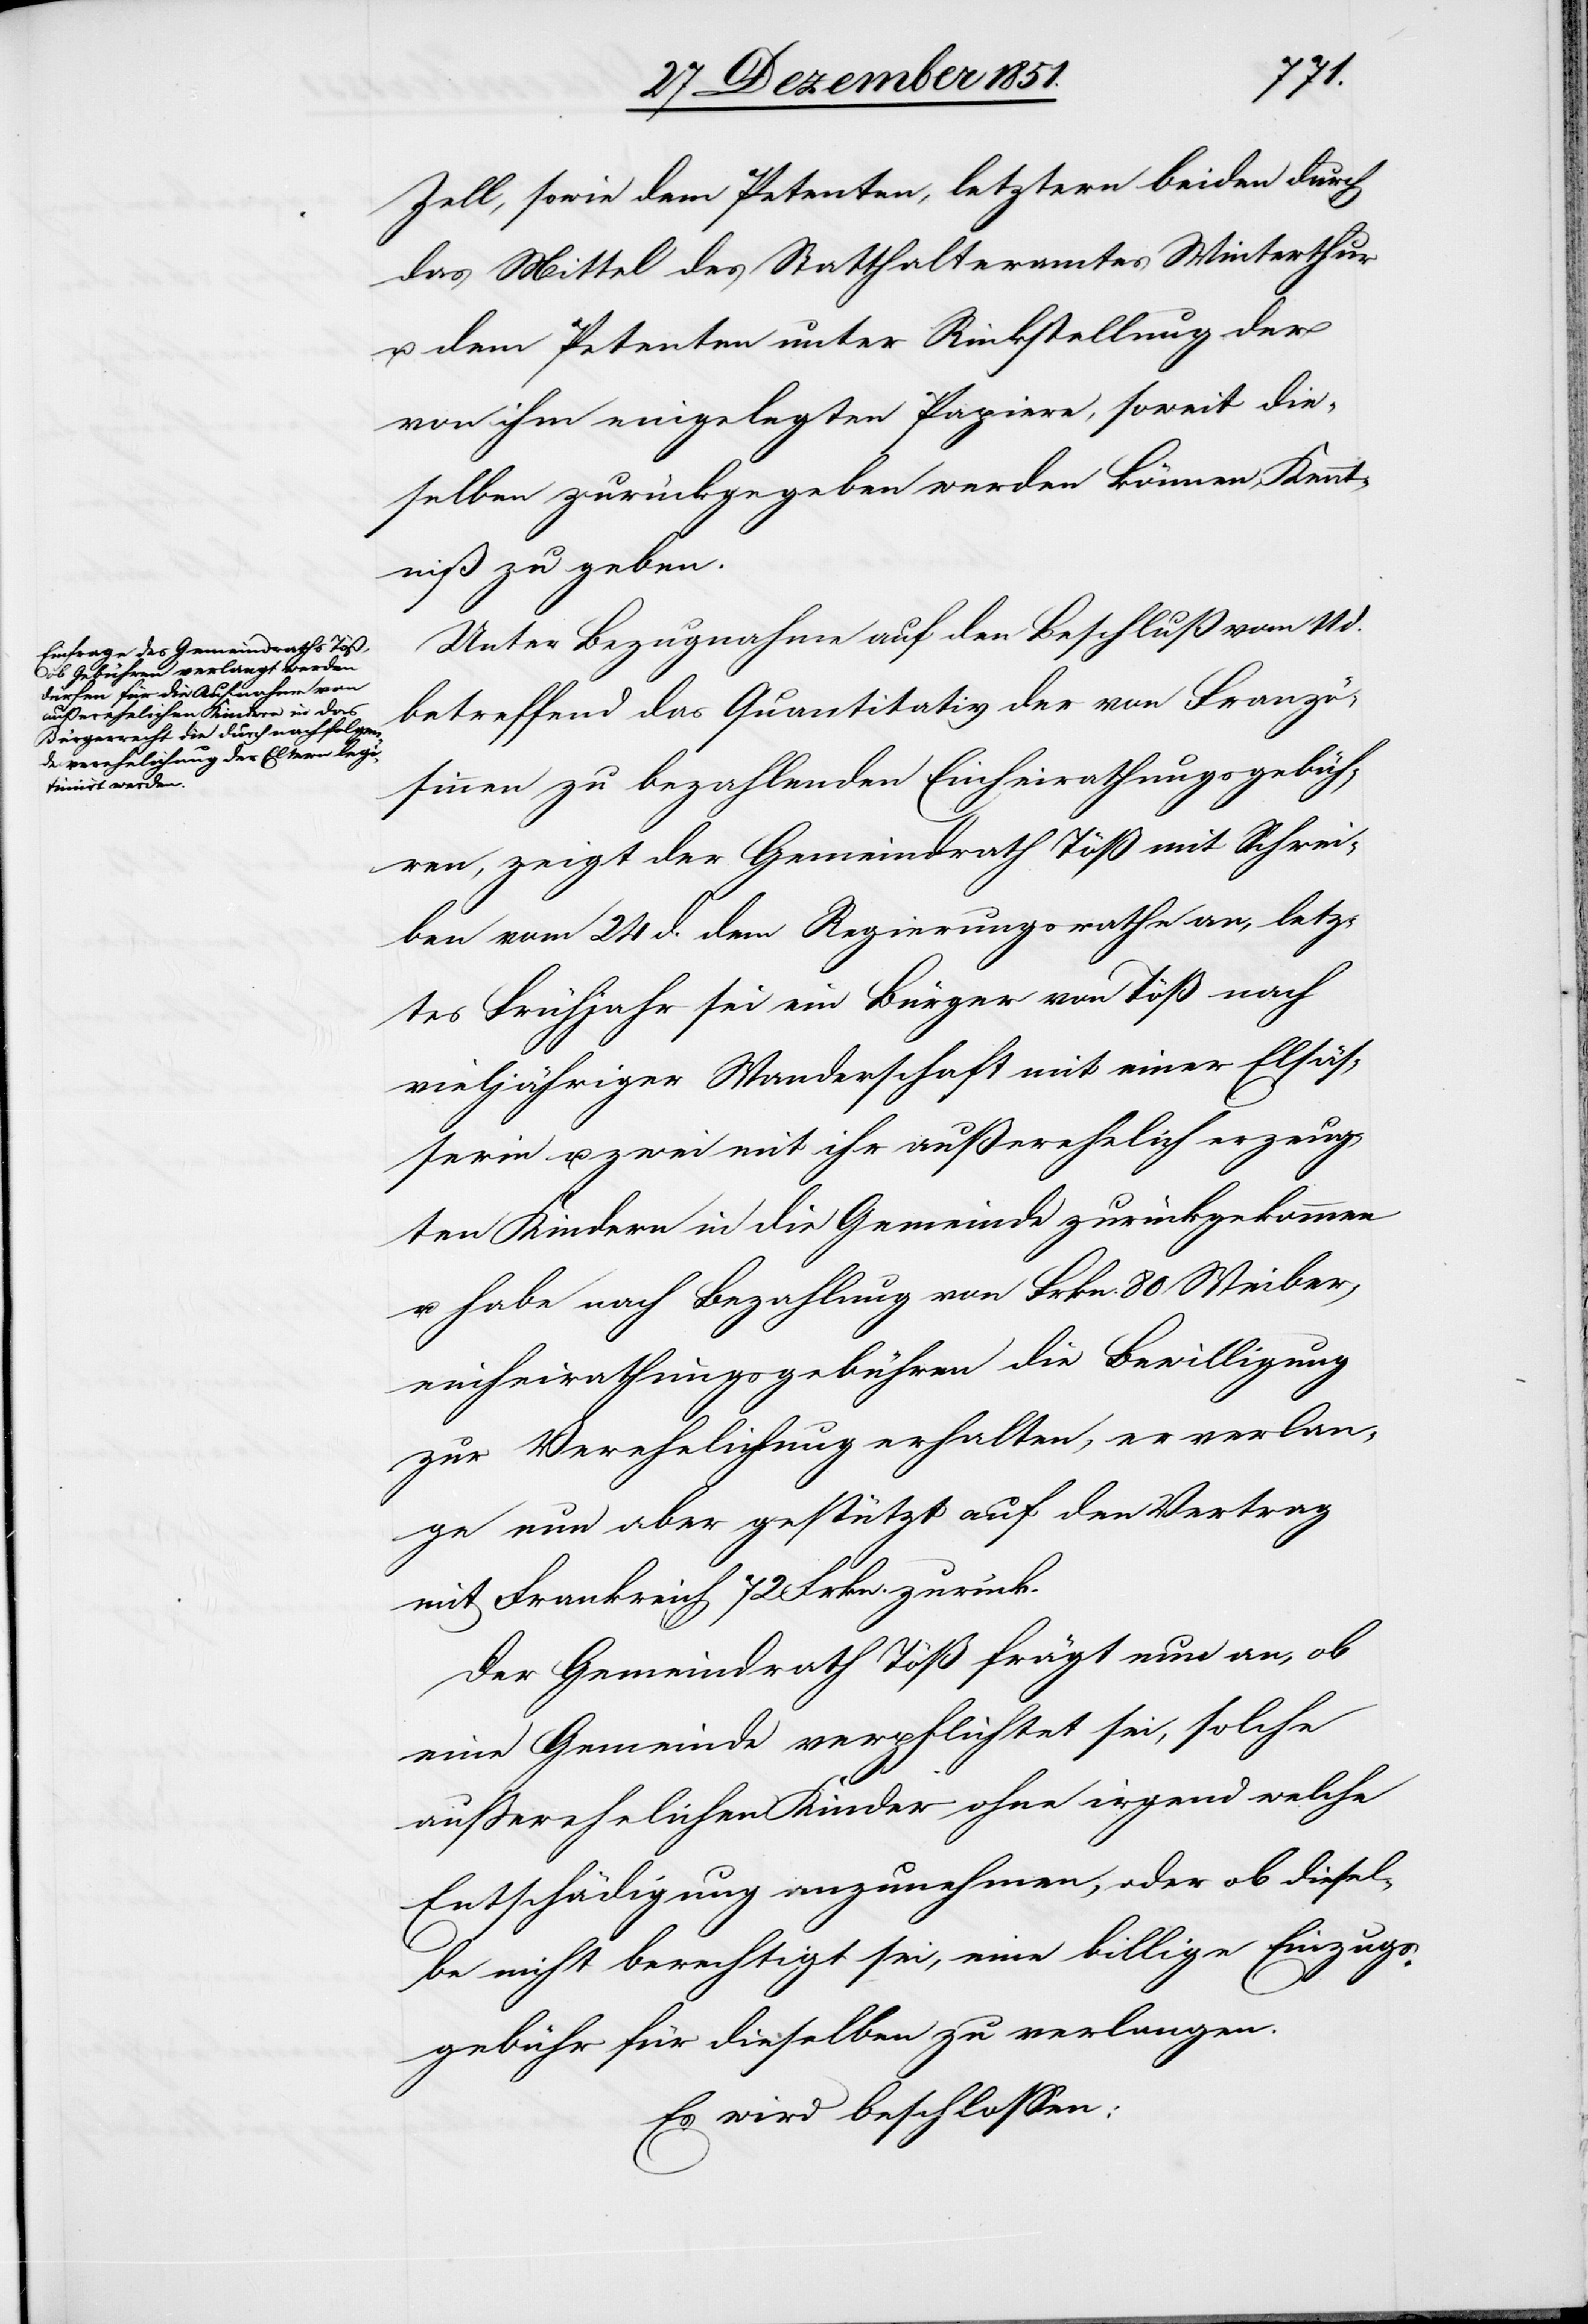
Zell, sowie dem Petenten, letztern beiden durch
das Mittel des Statthalteramtes Winterthur
u. dem Petenten unter Rückstellung der
von ihm eingelegten Papiere, soweit die¬
selben zurückgegeben werden können, Kennt¬
niß zu geben.
Unter Bezugnahme auf den Beschluß vom 11 d.
betreffend das Quantitativ der von Franzö¬
sinnen zu bezahlenden Einheirathungsgebüh¬
ren, zeigt der Gemeindrath Töß mit Schrei¬
ben vom 24 d. dem Regierungsrathe an, letz¬
tes Frühjahr sei ein Bürger von Töß nach
vieljähriger Wanderschaft mit einer Elsäs¬
serin u. zwei mit ihr außerehelich erzeug¬
ten Kindern in die Gemeinde zurückgekommen
u. habe nach Bezahlung von Frkn. 80 Weiber¬
einheirathungsgebühren die Bewilligung
zur Verehelichung erhalten, er verlan¬
ge nun aber gestützt auf den Vertrag
mit Frankreich 72 Frkn. zurück.
Der Gemeindrath Töß frägt nun an, ob
eine Gemeinde verpflichtet sei, solche
außerehelichen Kinder ohne irgend welche
Entschädigung anzunehmen, oder ob diesel¬
be nicht berechtigt sei, eine billige Einzugs¬
gebühr für dieselben zu verlangen.
Es wird beschlossen: